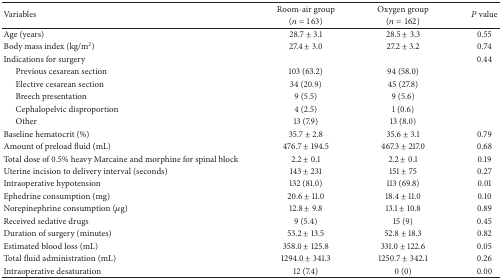
| <ROWSPAN=2> Variables | Room-air group | Oxygen group | <ROWSPAN=2> P value |
 | (n = 163) | (n = 162) |
 | --- | --- | --- | --- |
 | Age (years) | 28.7 ± 3.1 | 28.5 ± 3.3 | 0.55 |
 | Body mass index (kg/m2) | 27.4 ± 3.0 | 27.2 ± 3.2 | 0.74 |
 | Indications for surgery |  |  | 0.44 |
 | Previous cesarean section | 103 (63.2) | 94 (58.0) |  |
 | Elective cesarean section | 34 (20.9) | 45 (27.8) |  |
 | Breech presentation | 9 (5.5) | 9 (5.6) |  |
 | Cephalopelvic disproportion | 4 (2.5) | 1 (0.6) |  |
 | Other | 13 (7.9) | 13 (8.0) |  |
 | Baseline hematocrit (%) | 35.7 ± 2.8 | 35.6 ± 3.1 | 0.79 |
 | Amount of preload fluid (mL) | 476.7 ± 194.5 | 467.3 ± 217.0 | 0.68 |
 | Total dose of 0.5% heavy Marcaine and morphine for spinal block | 2.2 ± 0.1 | 2.2 ± 0.1 | 0.19 |
 | Uterine incision to delivery interval (seconds) | 143 ± 231 | 151 ± 75 | 0.27 |
 | Intraoperative hypotension | 132 (81.0) | 113 (69.8) | 0.01 |
 | Ephedrine consumption (mg) | 20.6 ± 11.0 | 18.4 ± 11.0 | 0.10 |
 | Norepinephrine consumption (μg) | 12.8 ± 9.8 | 13.1 ± 10.8 | 0.89 |
 | Received sedative drugs | 9 (5.4) | 15 (9) | 0.45 |
 | Duration of surgery (minutes) | 53.2 ± 13.5 | 52.8 ± 18.3 | 0.82 |
 | Estimated blood loss (mL) | 358.0 ± 125.8 | 331.0 ± 122.6 | 0.05 |
 | Total fluid administration (mL) | 1294.0 ± 341.3 | 1250.7 ± 342.1 | 0.26 |
 | Intraoperative desaturation | 12 (7.4) | 0 (0) | 0.00 |